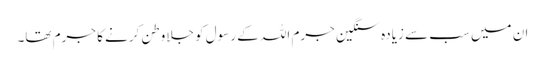
ان میں سب سے زیادہ سنگین جرم اللہ کے رسول کو جلاوطن کرنے کا جرم تھا۔